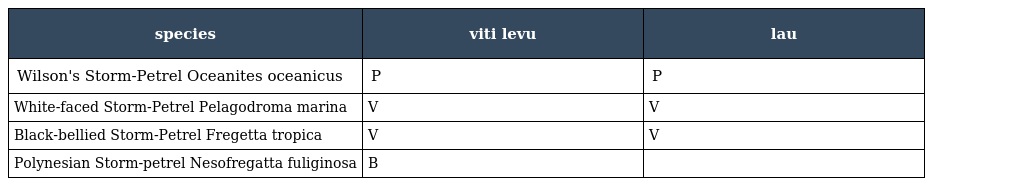
| species | viti levu | lau |
 | --- | --- | --- |
 | Wilson's Storm-Petrel Oceanites oceanicus | P | P |
 | White-faced Storm-Petrel Pelagodroma marina | V | V |
 | Black-bellied Storm-Petrel Fregetta tropica | V | V |
 | Polynesian Storm-petrel Nesofregatta fuliginosa | B |  |